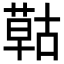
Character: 𦹵